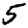
Digit: 5